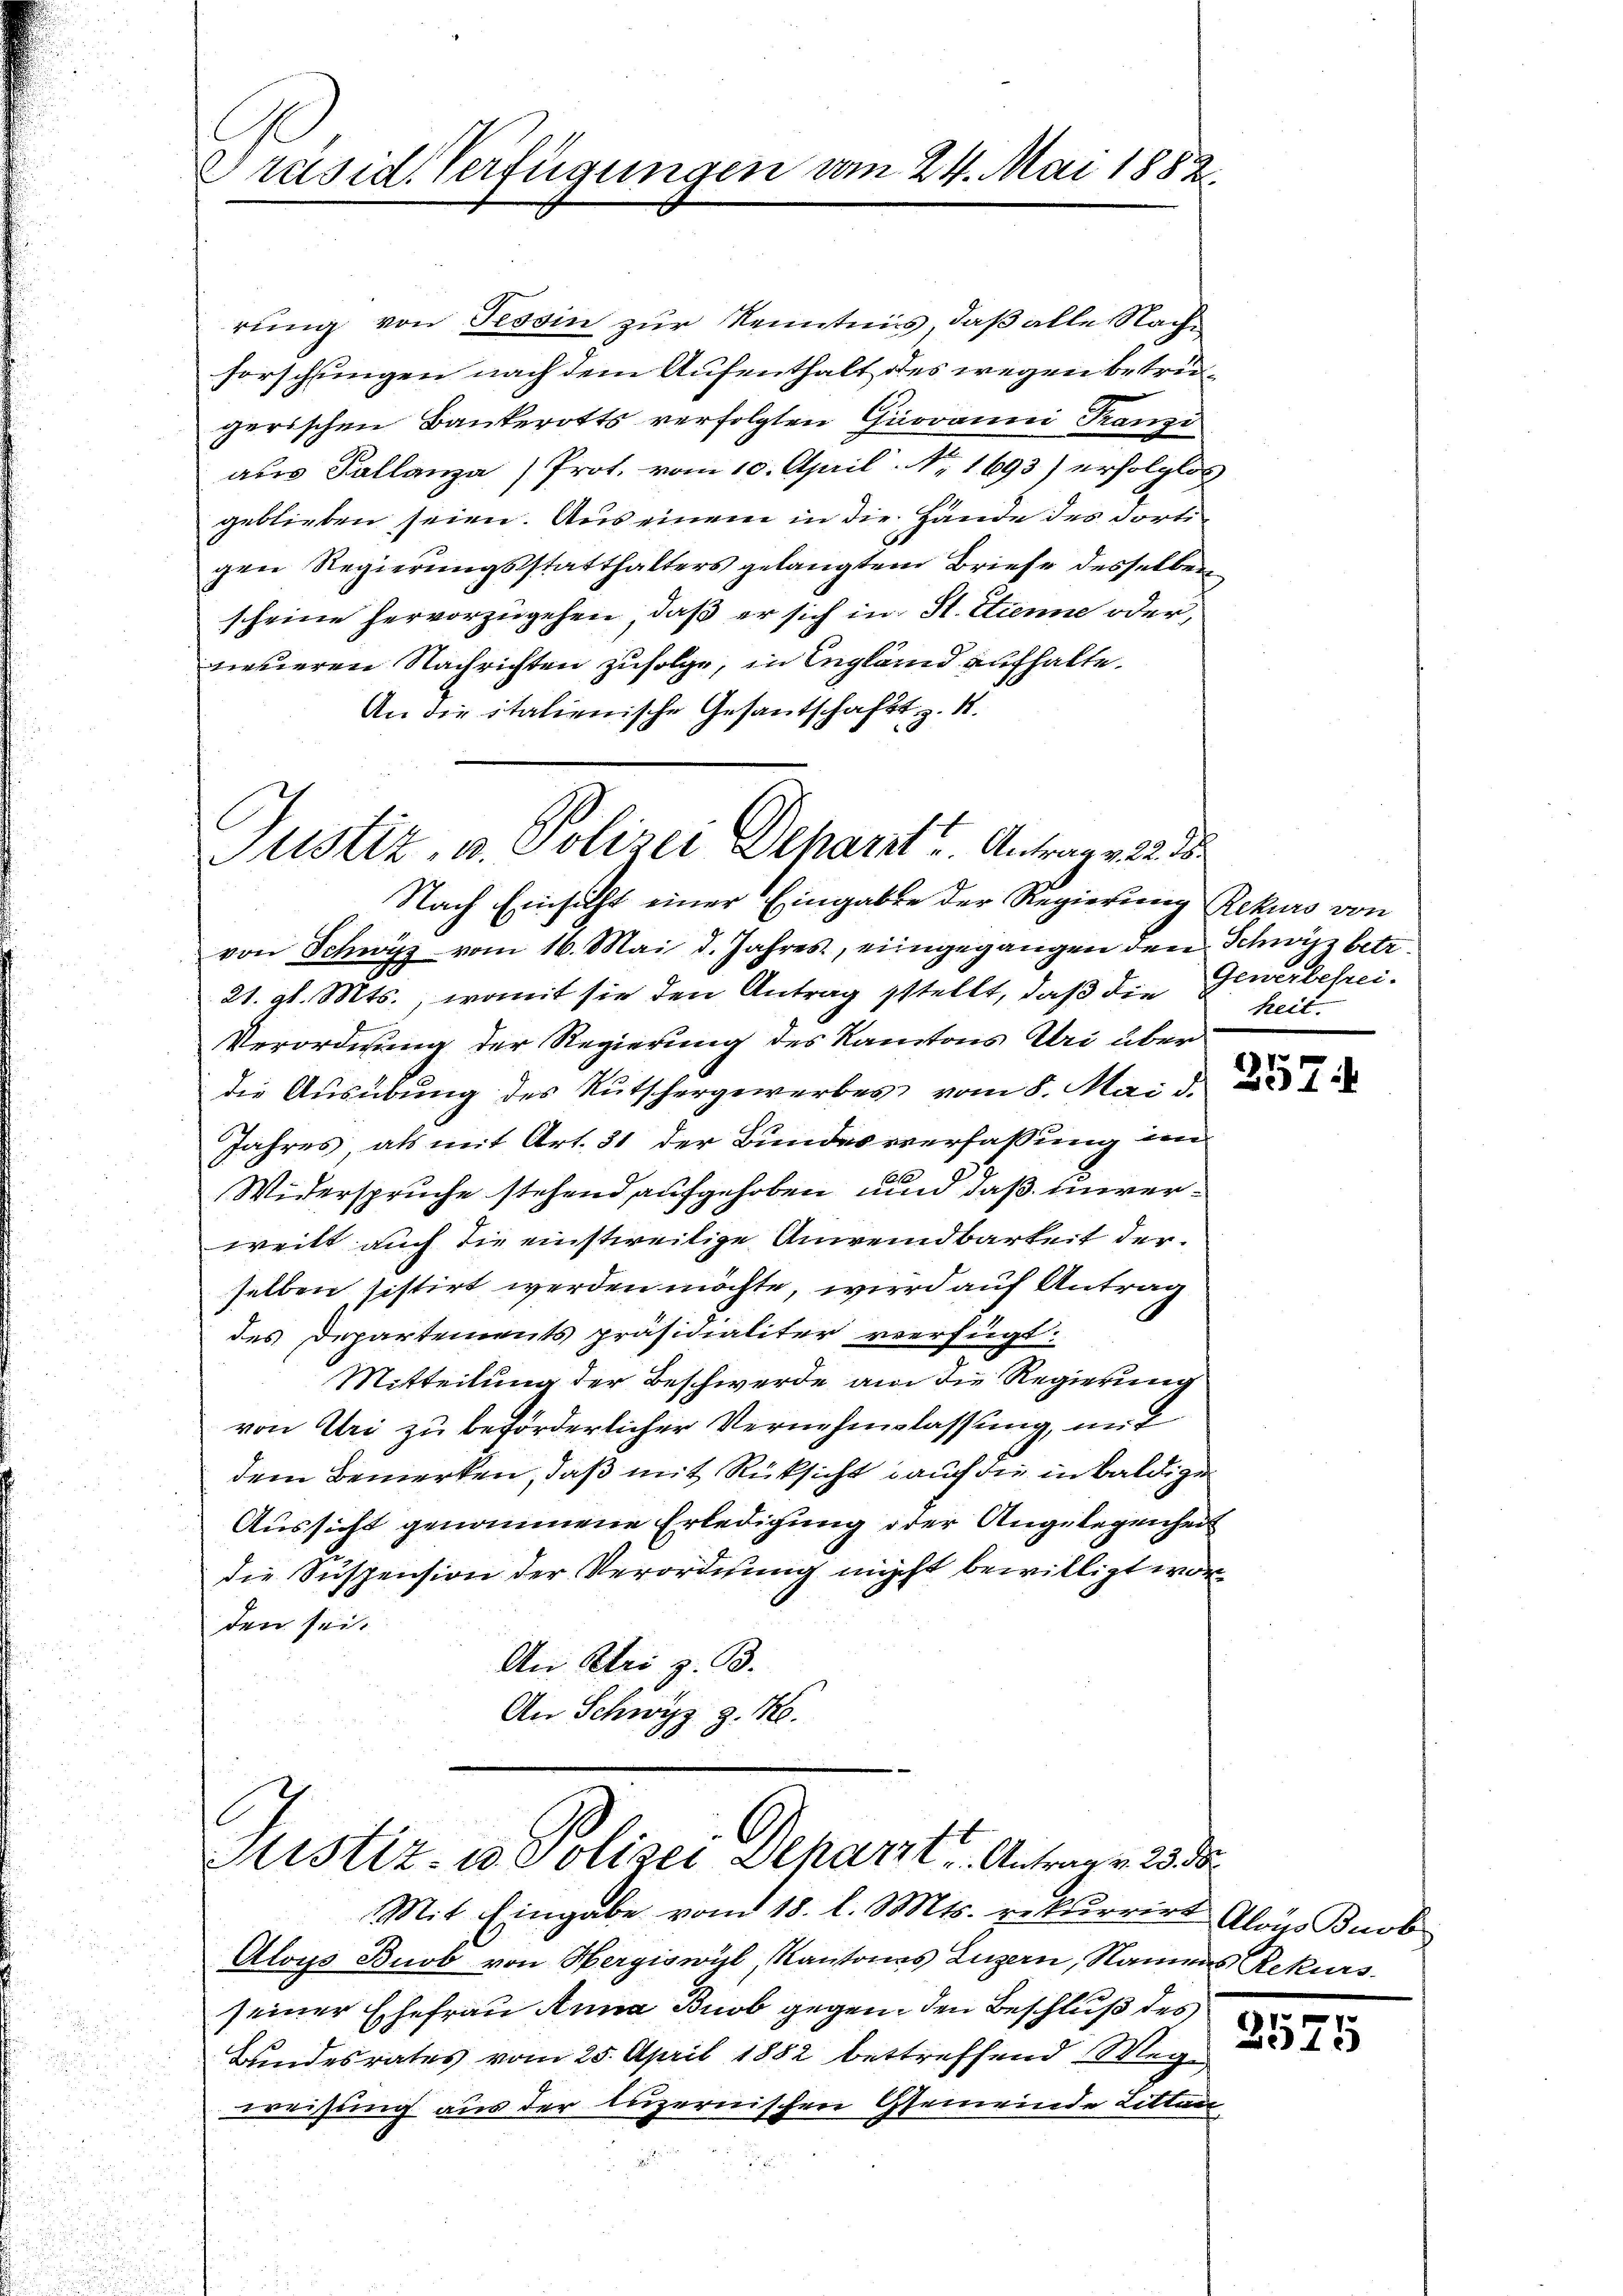
Präsid. Verfügungen

vom 24. Mai 1882.

rung von Tessin zur Kenntnis, daß alle Nachforschungen nach dem Aufenthalt des wegen betrügerischen Bankerotts verfolgten Giovanni Franzi
neueren Nachrichten zufolge, in Engländ aufhalte.
An die italienische Gesantschaft z. R.

Justiz, u. Polizei Depart u. Antrag v. 22. 15.

Nach Einsicht einer Eingaben der Regierung Rekurs von
von Schwyz vom 16. Mai d. Jahres, eingegangen den Schwyz betr.
21. gl. Mts., womit sie den Antrag stellt, daß die
Verordnung der Regierung des Kantons Uri über
die Aŭsübŭng des Rutschergewerbes vom 8. Mai d.
Jahres als mit Art. 31 der Bundesverfassung im
Widerspruche stehend aufgehoben und daß unverweilt auch die einstweilige Anwendbarkeit derselben sistirt werden möchte, wird auf Antrag
des Departements präsidialiter verfügt:
Mitteilung der Beschwerde an die Regierung
von Uri zu beförderlicher Vernehmlassung, mit
dem Bemerken, daß mit Rüksicht auf die in baldige
Aussicht genommene Erledigung oder Angelegenheit
die Suspension der Verordnung nicht bewilligt worden sei.
An Stei z. B.
An Schwyz z. B.

aus Pallanz) Prot. vom 10. April. No. 1693) erfolglos
geblieben seien. Aus einem in die Hände des dorte
gen Regierungsstatthalters gelangtem Briefe desselben
scheine hervorzugehen, daß er sich in St. Etienne oder,

Sistiz- u. Polizei Deparzt u. Antrag v. 23 de
Mit Eingabe vom 18. l. Mts. rekurrirt Alois Bnob

Aloys Buob von Hergiswyl, Kantones Luzern, Namens Rekurs
seiner Ehefrau Anna Buob gegen den Beschluß des
Bundesrates vom 25. April 1882 bettreffend Wegweisung aus der luzernischen Gemeinde Litten

Gewerbefrei.
heit.
6

97

.
2375